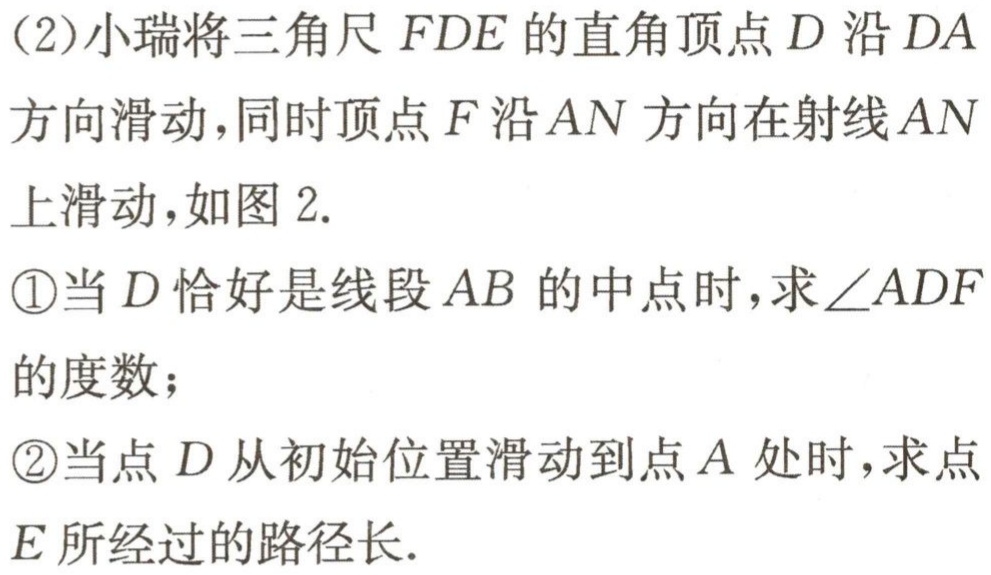
(2)小瑞将三角尺$FDE$的直角顶点$D$沿$DA$方向滑动，同时顶点$F$沿$AN$方向在射线$AN$上滑动，如图2.
\textcircled{1}当$D$恰好是线段$AB$的中点时，求$\angle ADF$的度数；
\textcircled{2}当点$D$从初始位置滑动到点$A$处时，求点$E$所经过的路径长.